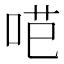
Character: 𭇼